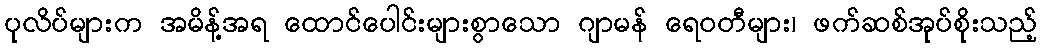
ပုလိပ်များက အမိန့်အရ ထောင်ပေါင်းများစွာသော ဂျာမန် ရေဝတီများ၊ ဖက်ဆစ်အုပ်စိုးသည့်